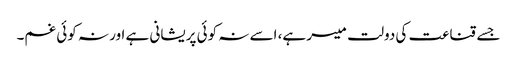
جسے قناعت کی دولت میسر ہے، اسے نہ کوئی پریشانی ہے اور نہ کوئی غم۔